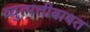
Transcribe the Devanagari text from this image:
व्युत्पत्तीबाबत